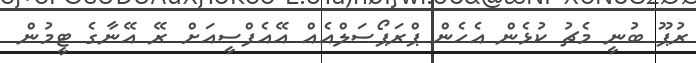
ރުޕޫ ބުނީ މެޗު ކުޅެން އެހެން ޕްރަޕޯސަލްއެއް އޭއެފްސީއަށް ރޭ އޭނާގެ ޓީމުން